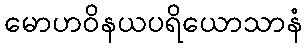
မောဟဝိနယပရိယောသာနံ